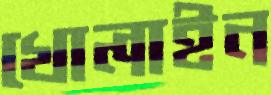
খোলাইন